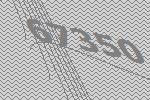
67350